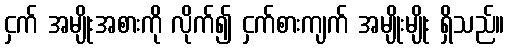
ငှက် အမျိုးအစားကို လိုက်၍ ငှက်စားကျက် အမျိုးမျိုး ရှိသည်။